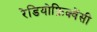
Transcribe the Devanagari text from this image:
रेडियोफ्रिक्वेंसी